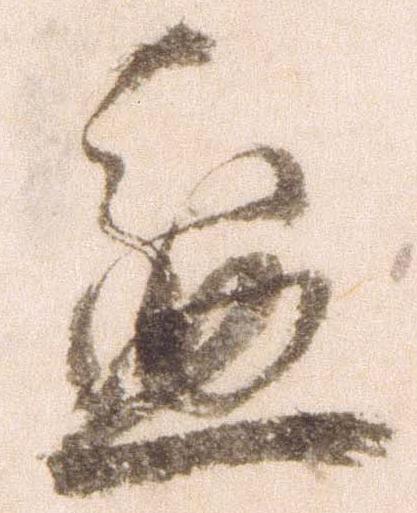
盆